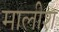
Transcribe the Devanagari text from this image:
मालीश